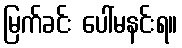
မြက်ခင်း ပေါ်မနင်းရ။